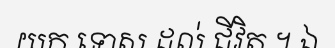
យក ទោស ដល់ ជីវិត ។ ឯ